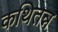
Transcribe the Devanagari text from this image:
कथितन्न